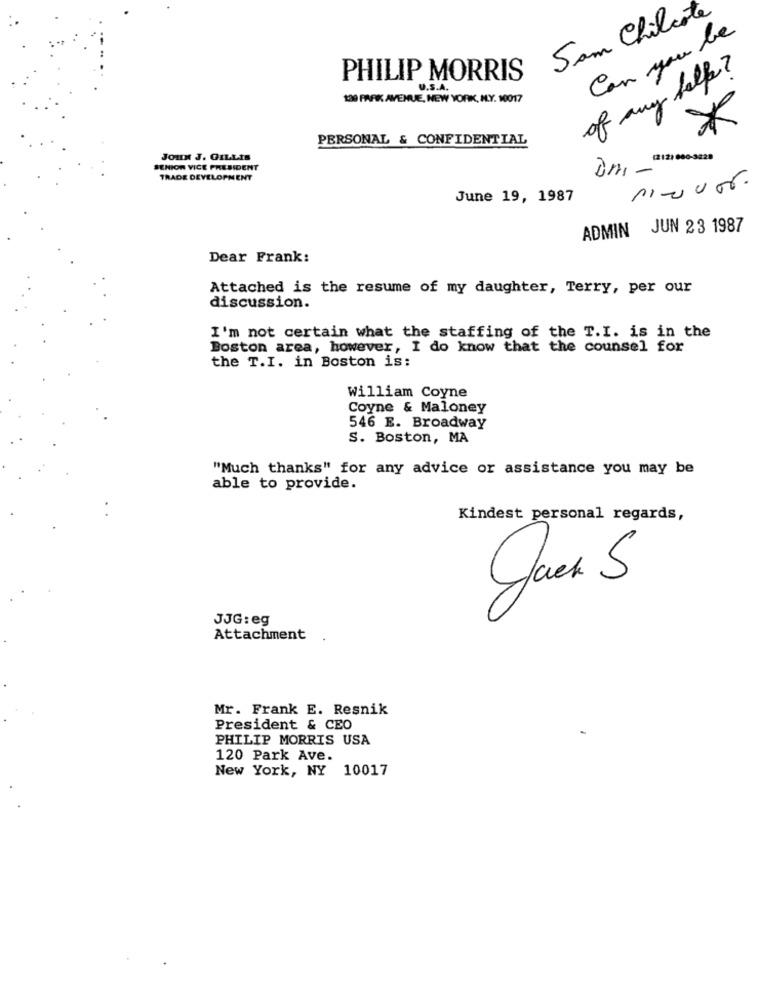
Sam Chilcote
Can you be
of any help?
PHILIP MORRIS
U.S.A.
130 PARK AVENUE, NEW YORK, N.Y. 10017
PERSONAL & CONFIDENTIAL
JOHN J. GILLIS
(212) 860-3228
SENIOR VICE PRESIDENT
TRADE DEVELOPMENT
Dmi -
June 19, 1987
ADMIN JUN 23 1987
Dear Frank:
Attached is the resume of my daughter, Terry, per our
discussion.
I'm not certain what the staffing of the T.I. is in the
Boston area, however, I do know that the counsel for
the T.I. in Boston is:
William Coyne
Coyne & Maloney
546 E. Broadway
S. Boston, MA
"Much thanks" for any advice or assistance you may be
able to provide.
Kindest personal regards,
Jack S
JJG: eg
Attachment
Mr. Frank E. Resnik
President & CEO
PHILIP MORRIS USA
120 Park Ave.
New York, NY 10017